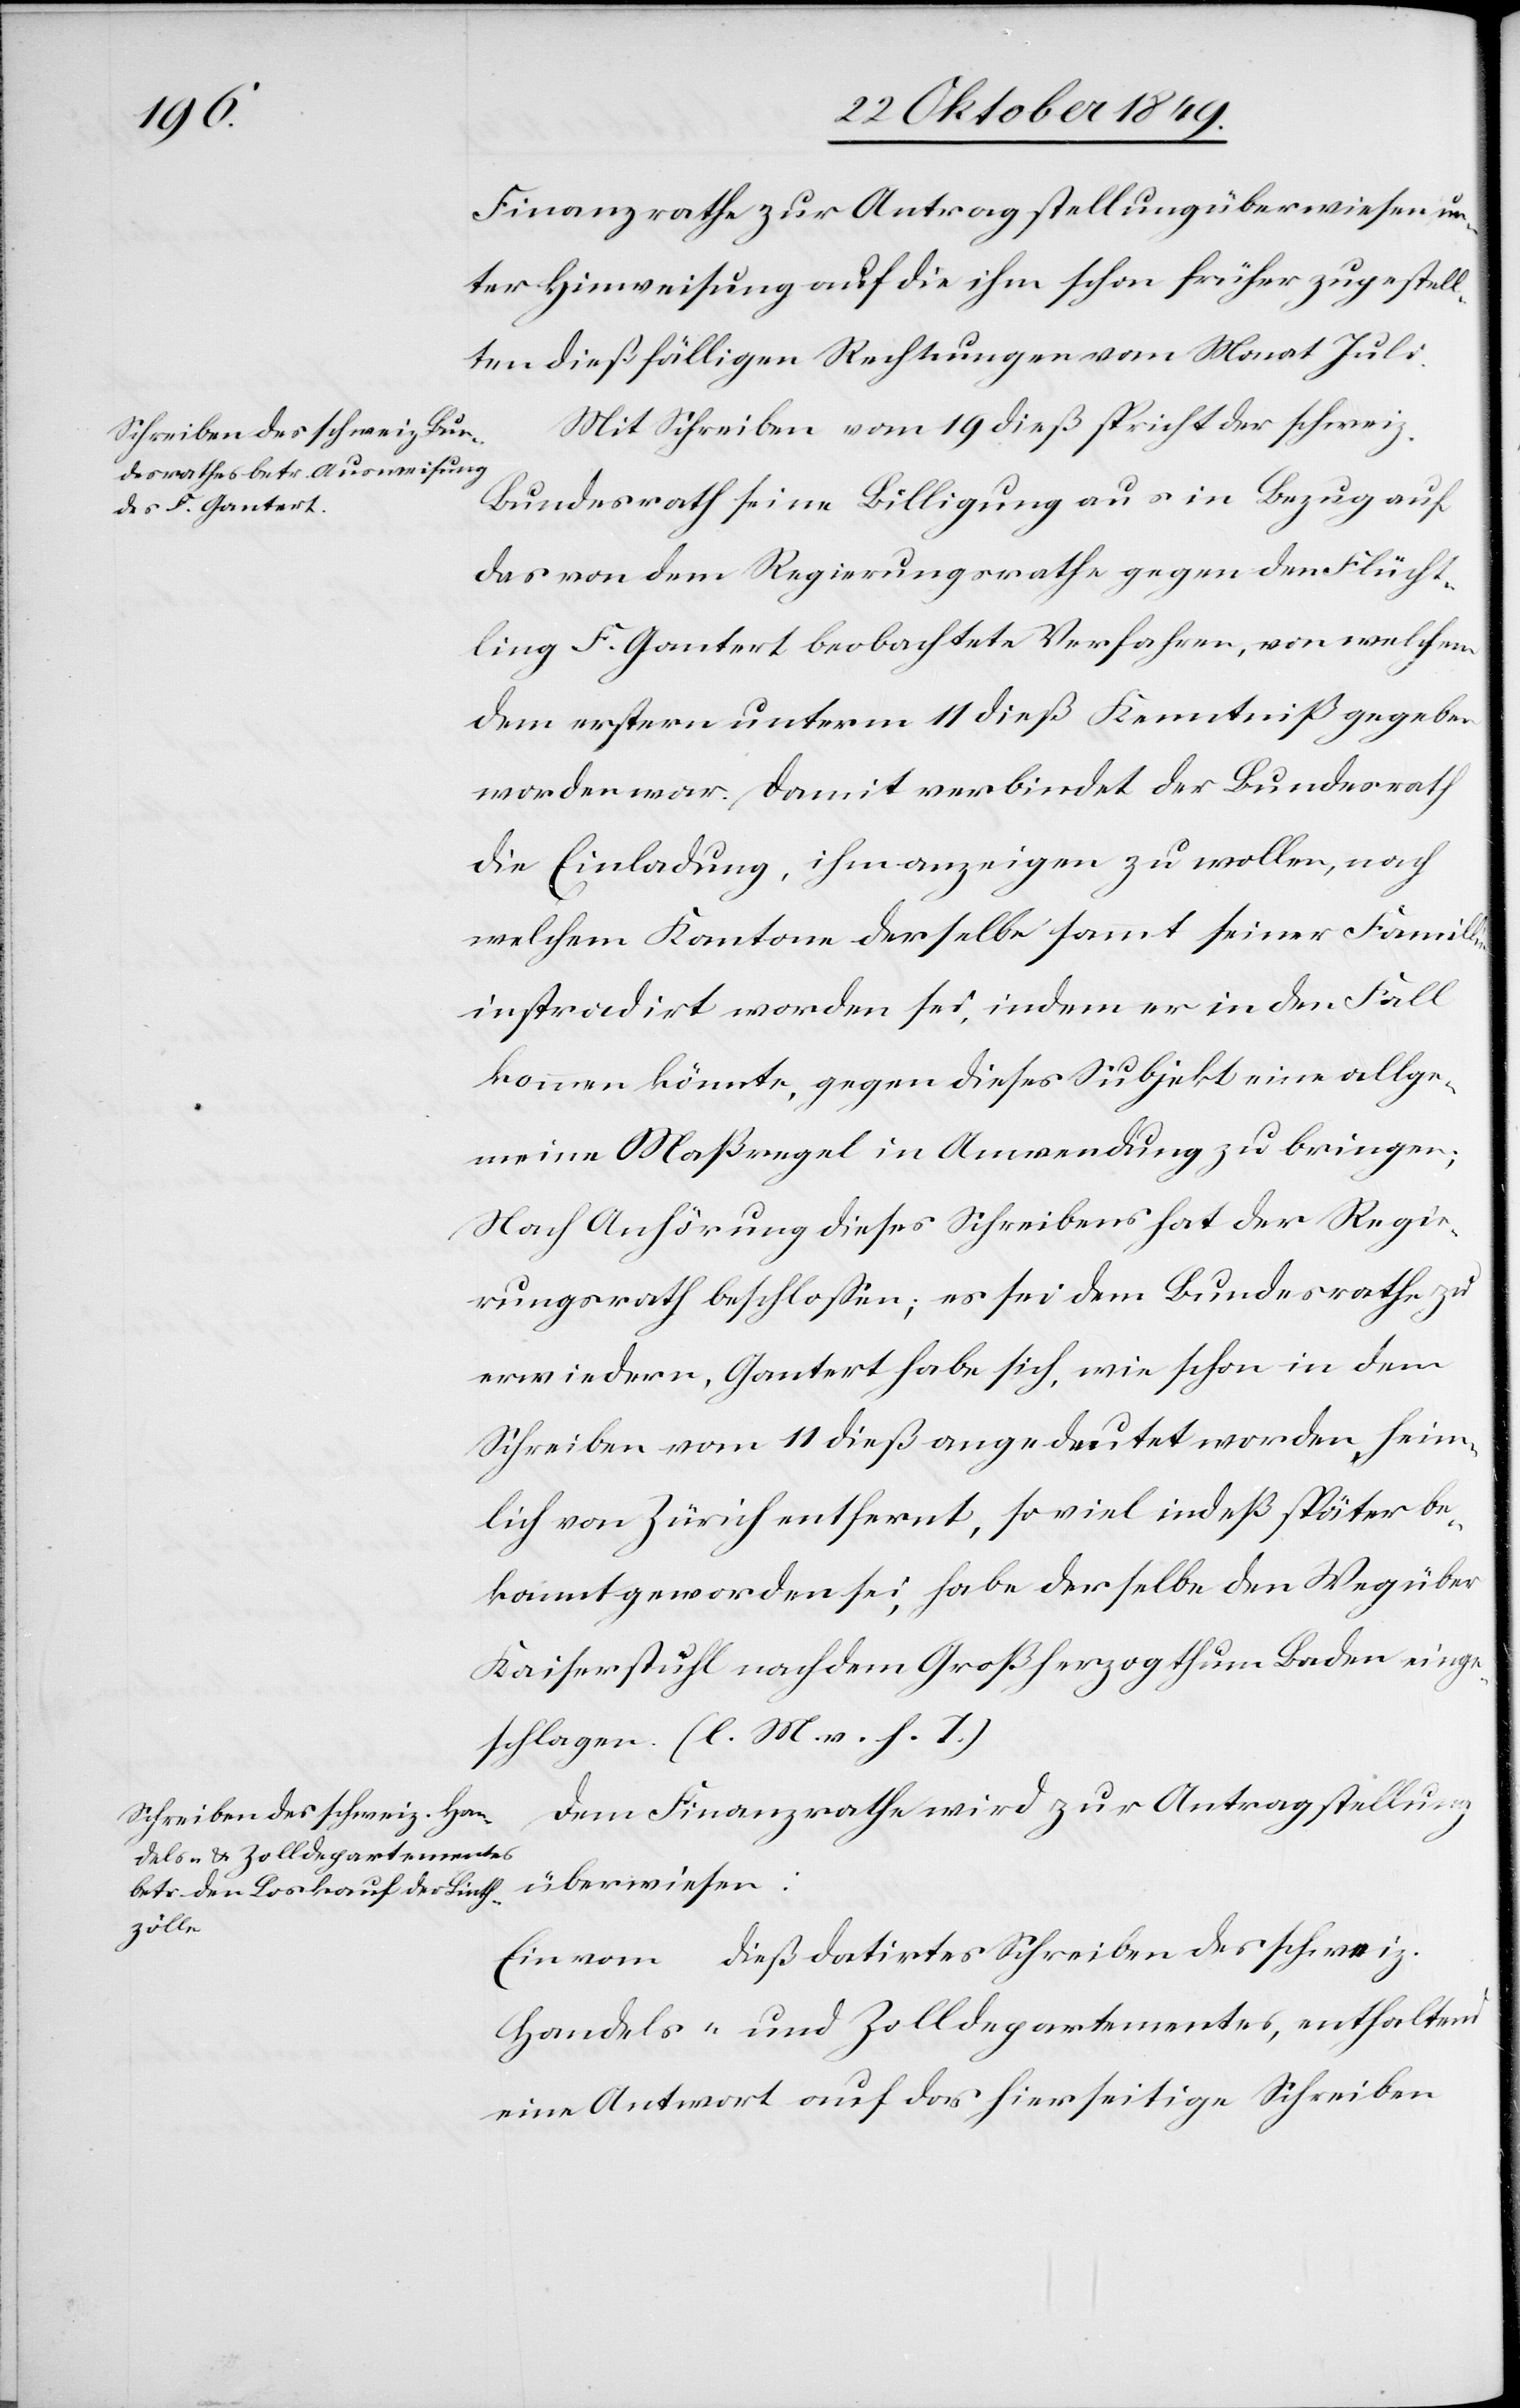
Finanzrathe zur Antragsstellung überwiesen un¬
ter Hinweisung auf die ihm schon früher zugestell¬
ten dießfälligen Rechnungen vom Monat Juli.
Mit Schreiben vom 19 dieß spricht der schweiz.
Bundesrath seine Billigung aus in Bezug auf
das von dem Regierungsrathe gegen den Flücht¬
ling F. Gantert beobachete Verfahren, von welchem
dem erstern unterm 11 dieß Kenntniß gegeben
worden war. Damit verbindet der Bundesrath
die Einladung, ihm anzuzeigen zu wollen, nach
welchem Kantone derselbe sammt seiner Familie
instradirt worden sei, indem er in den Fall
kommen könnte, gegen dieses Subjekt eine allge¬
meine Maßregel in Anwendung zu bringen;
Nach Anhörung dieses Schreibens hat der Regie¬
rungsrath beschloßen; es sei dem Bundesrathe zu
erwiedern, Gantert habe sich, wie schon in dem
Schreiben vom 11 dieß angedeutet worden, heim¬
lich von Zürich entfernt, soviel indeß später be¬
kannt geworden sei, habe derselbe den Weg über
Kaiserstuhl nach dem Großherzogthum Baden einge¬
schlagen. [l. M. v. h. T]
Dem Finanzrathe wird zur Antragstellung
überwiesen:
Ein vom … dieß datirtes Schreiben des schweiz.
Handels- u. Zolldepartementes, enthaltend
eine Antwort auf das hierseitige Schreiben